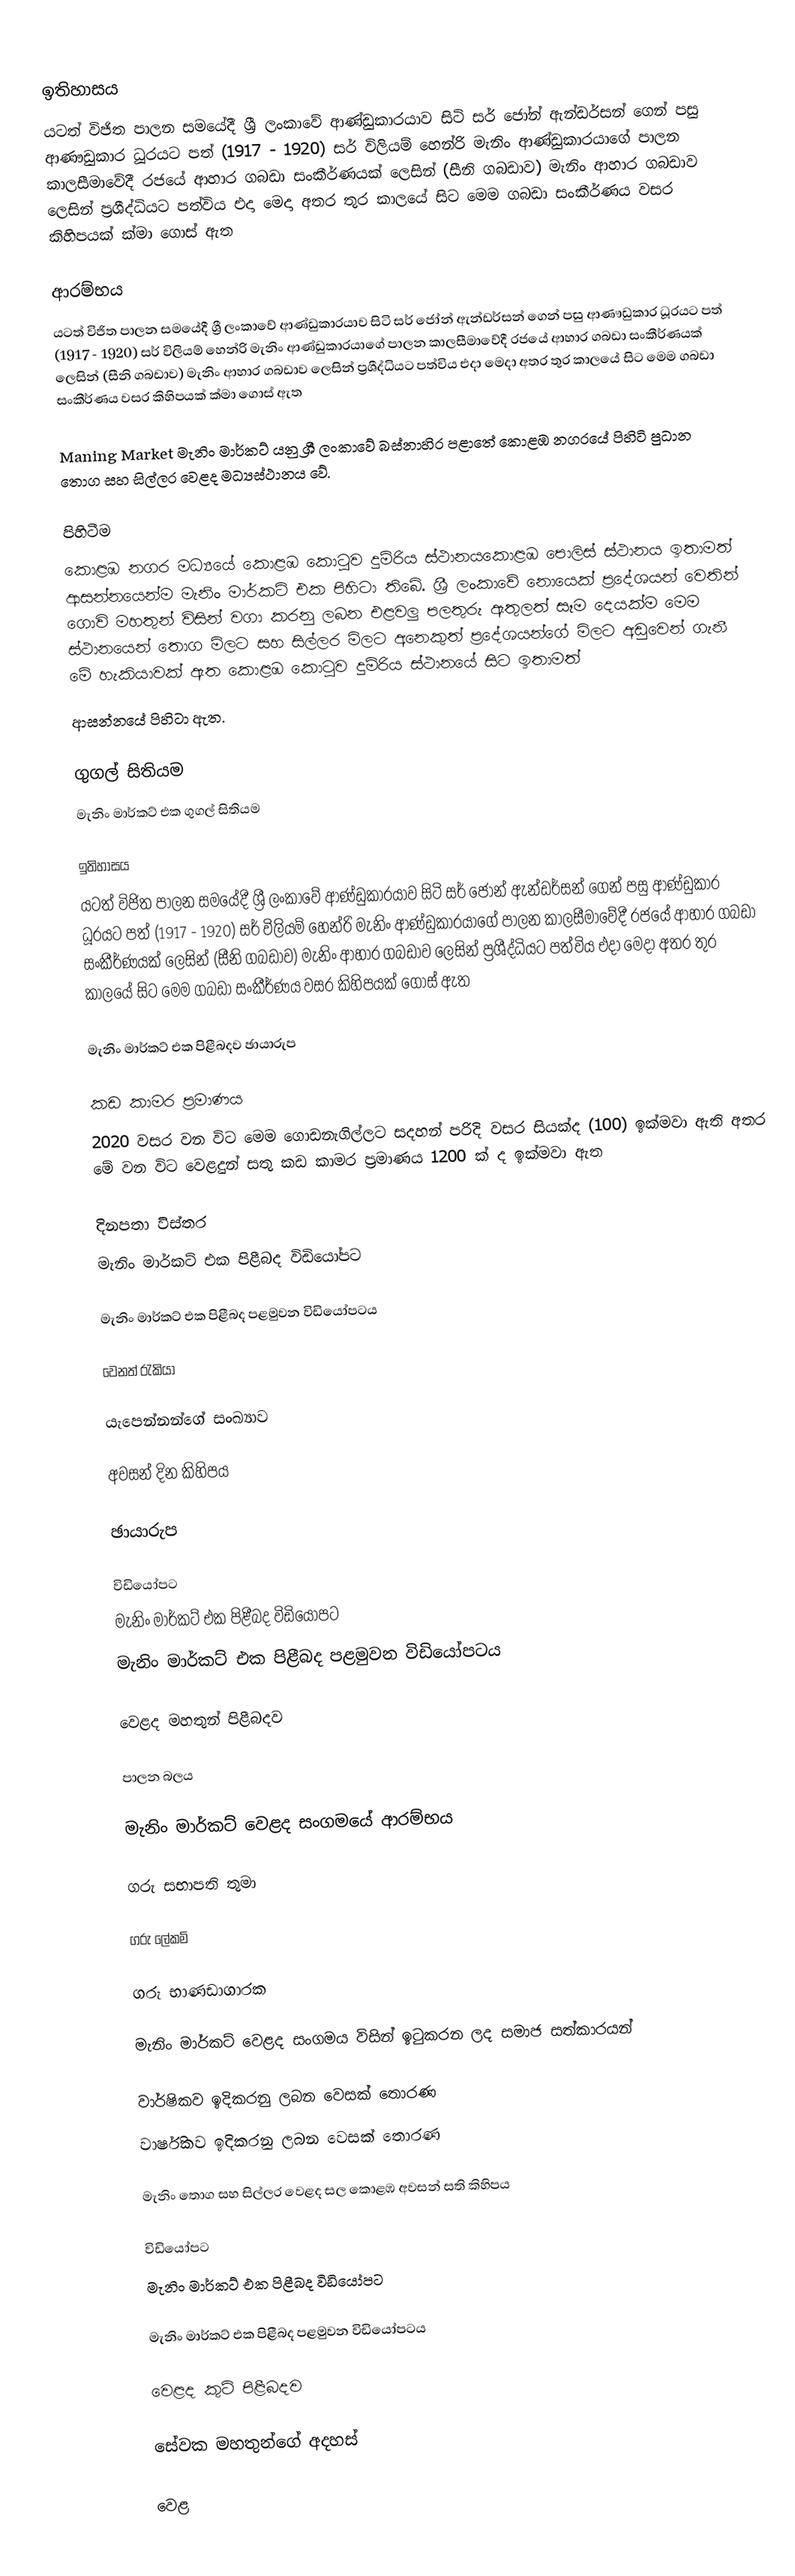

ඉතිහාසය
යටත් විජිත පාලන සමයේදී ශ්‍රී ලංකාවේ ආණ්ඩුකාරයාව සිටි සර් ජෝන් ඇන්ඩර්සන්  ගෙන් පසු ආණෟඩුකාර ධූරයට පත් (1917 - 1920) සර් විලියම් හෙන්රි මැනිං ආණ්ඩුකාරයාගේ පාලන කාලසීමාවේදී රජයේ ආහාර ගබඩා සංකීර්ණයක් ලෙසින් (සීනි ගබඩාව) මැනිං ආහාර ගබඩාව ලෙසින් ප්‍රශීද්ධියට පත්විය එදා මෙදා අතර තුර කාලයේ සිට මෙම ගබඩා සංකීර්ණය වසර කිහිපයක් ක්මා ගොස් ඇත

ආරම්භය
යටත් විජිත පාලන සමයේදී ශ්‍රී ලංකාවේ ආණ්ඩුකාරයාව සිටි සර් ජෝන් ඇන්ඩර්සන්  ගෙන් පසු ආණෟඩුකාර ධූරයට පත් (1917 - 1920) සර් විලියම් හෙන්රි මැනිං ආණ්ඩුකාරයාගේ පාලන කාලසීමාවේදී රජයේ ආහාර ගබඩා සංකීර්ණයක් ලෙසින් (සීනි ගබඩාව) මැනිං ආහාර ගබඩාව ලෙසින් ප්‍රශීද්ධියට පත්විය එදා මෙදා අතර තුර කාලයේ සිට මෙම ගබඩා සංකීර්ණය වසර කිහිපයක් ක්මා ගොස් ඇත

Maning Market මැනිං මාර්කට්  යනු ශ්‍රී ලංකාවේ බස්නාහිර පළාතේ කොළඹ නගරයේ පිහිටි පුධාන තොග සහ සිල්ලර වෙළද මධ්‍යස්ථානය වේ.

පිහිටීම
කොළඹ නගර මධ්‍යයේ කොළඹ කොටුව දුම්රිය ස්ථානයකොළඹ පොලිස් ස්ථානය ඉතාමත්  ආසන්නයෙන්ම මැනිං මාර්කට් එක පිහිටා තිබේ. ශ්‍රී  ලංකාවේ නොයෙක් ප්‍රදේශයන් වෙතින් ගොවි මහතුන් විසින් වගා කරනු ලබන එළවලු පලතුරු ඇතුලත් සෑම දෙයක්ම මෙම ස්ථානයෙන් තොග මිලට සහ සිල්ලර මිලට අනෙකුත් ප්‍රදේශයන්ගේ මිලට අඩුවෙන් ගැනී මේ හැකියාවක් ඇත කොළඹ කොටුව දුම්රිය ස්ථානයේ සිට ඉතාමත්
ආසන්නයේ පිහිටා ඇත.

ගුගල් සිතියම
 මැනිං මාර්කට් එක ගුගල් සිතියම

ඉතිහාසය
යටත් විජිත පාලන සමයේදී ශ්‍රී ලංකාවේ ආණ්ඩුකාරයාව සිටි සර් ජෝන් ඇන්ඩර්සන්  ගෙන් පසු ආණ්ඩුකාර ධූරයට පත් (1917 - 1920) සර් විලියම් හෙන්රි මැනිං ආණ්ඩුකාරයාගේ පාලන කාලසීමාවේදී රජයේ ආහාර ගබඩා සංකීර්ණයක් ලෙසින් (සීනි ගබඩාව) මැනිං ආහාර ගබඩාව ලෙසින් ප්‍රශීද්ධියට පත්විය එදා මෙදා අතර තුර කාලයේ සිට මෙම ගබඩා සංකීර්ණය වසර කිහිපයක් ගොස් ඇත

මැනිං මාර්කට් එක පිළීබදව ඡායාරුප

කඩ කාමර ප්‍රමාණය
2020 වසර වන විට මෙම ගොඩනැගිල්ලට සදහන් පරිදි වසර සියක්ද (100) ඉක්මවා ඇති අතර මේ වන විට වෙළදුන් සතු කඩ කාමර ප්‍රමාණය 1200 ක් ද ඉක්මවා ඇත

දිනපතා විස්තර
මැනිං මාර්කට් එක පිළීබද විඩියෝපට

 මැනිං මාර්කට් එක පිළීබද පළමුවන විඩියෝපටය

වෙනත් රැකියා

යැපෙන්නන්ගේ සංඛ්‍යාව

අවසන් දින කිහිපය

ඡායාරුප

විඩියෝපට
මැනිං මාර්කට් එක පිළීබද විඩියෝපට
 මැනිං මාර්කට් එක පිළීබද පළමුවන විඩියෝපටය

වෙළද මහතුන් පිළීබදව

පාලන බලය

මැනිං මාර්කට් වෙළද සංගමයේ ආරම්භය

ගරු සභාපති තුමා

ගරු ලේකම්

ගරු භාණඩාගාරක

මැනිං මාර්කට් වෙළද සංගමය විසින් ඉටුකරන ලද සමාජ සත්කාරයන්

වාර්ෂිකව ඉදිකරනු ලබන වෙසක් තොරණ
 වාර්ෂිකව ඉදිකරනු ලබන වෙසක් තොරණ

මැනිං තොග සහ සිල්ලර වෙළද සල කොළඹ අවසන් සති කිහිපය

විඩියෝපට
මැනිං මාර්කට් එක පිළීබද විඩියෝපට

 මැනිං මාර්කට් එක පිළීබද පළමුවන විඩියෝපටය

වෙළද කුටි පිළීබදව

සේවක මහතුන්ගේ අදහස්

වෙළ